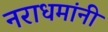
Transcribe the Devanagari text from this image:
नराधमांनी